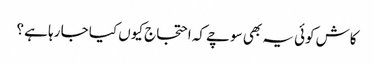
کاش کوئی یہ بھی سوچے کہ احتجاج کیوں کیا جا رہا ہے ؟